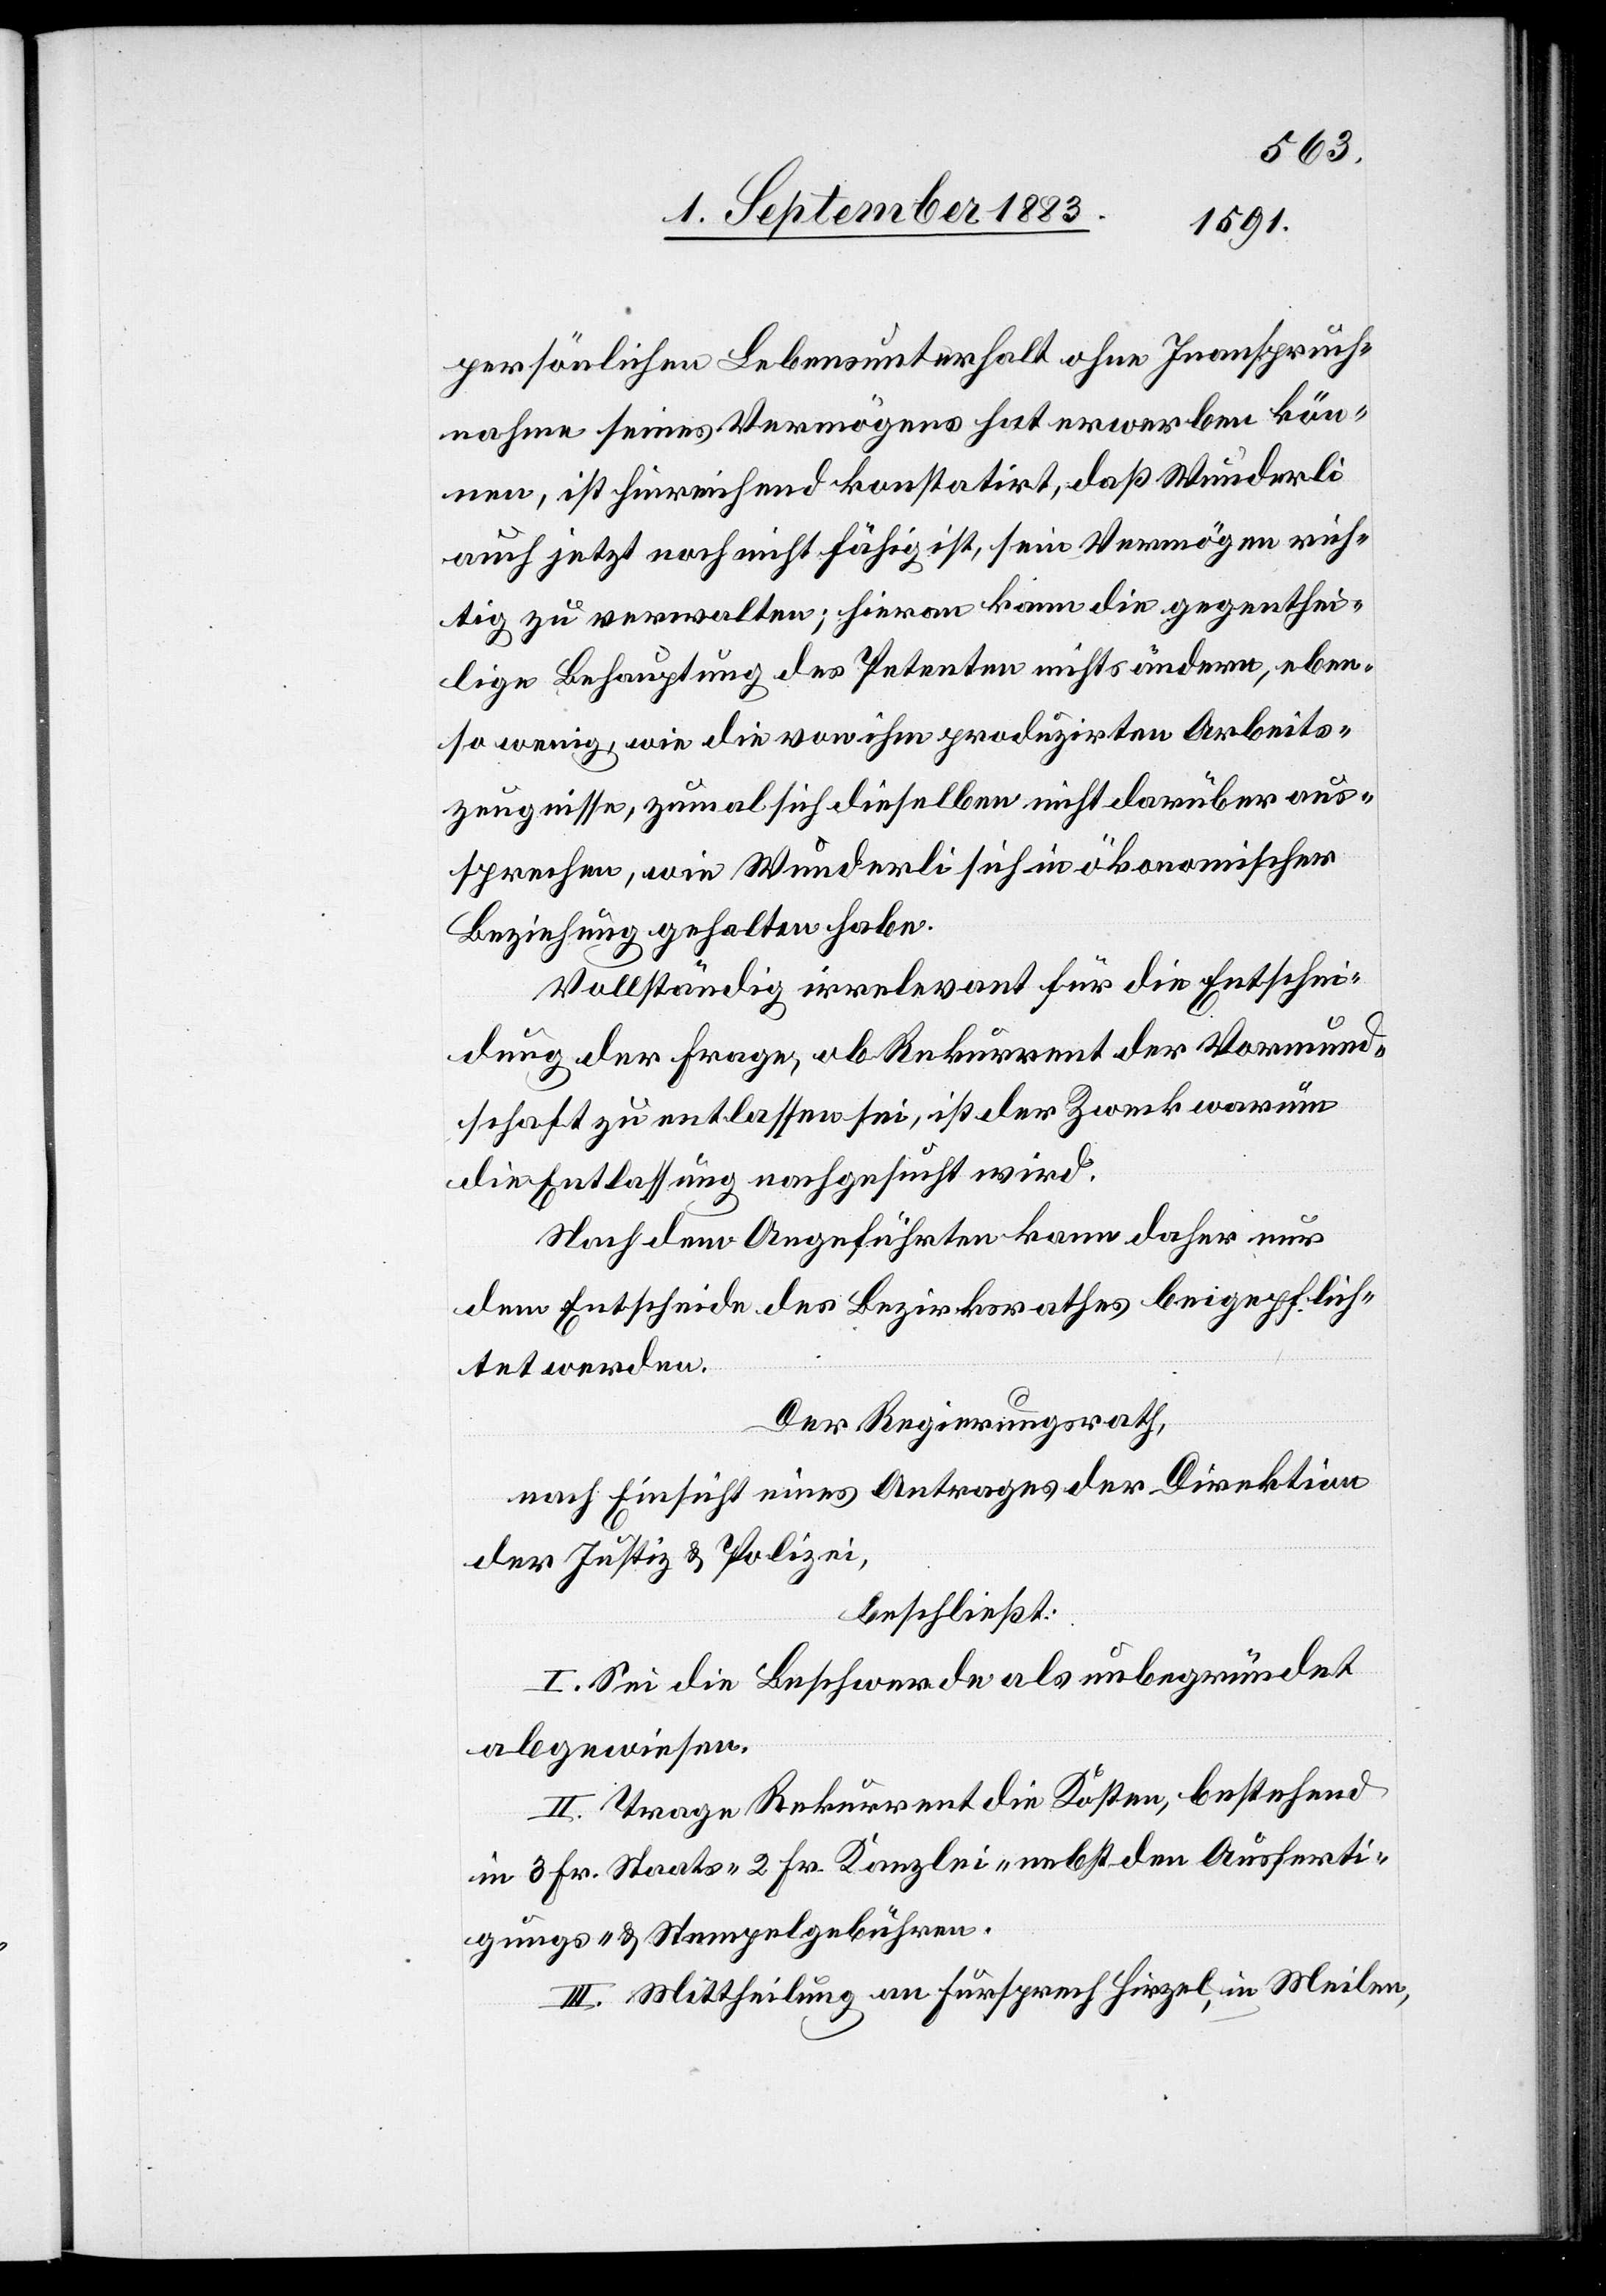
persönlichen Lebensunterhalt ohne Inanspruch¬
nahme seines Vermögens hat erwerben kön¬
nen, ist hinreichend konstatirt, daß Wunderli
auch jetzt noch nicht fähig ist, sein Vermögen rich¬
tig zu verwalten; hieran kann die gegenthei¬
lige Behauptung des Petenten nichts ändern, eben¬
so wenig, wie die von ihm produzirten Arbeits¬
zeugnisse, zumal sich dieselben nicht darüber aus¬
sprechen, wie Wunderli sich in ökonomischer
Beziehung gehalten habe.
Vollständig irrelevant für die Entschei¬
dung der Frage, ob Rekurrent der Vormund¬
schaft zu entlassen sei, ist der Zweck warum
die Entlassung nachgesucht wird.
Nach dem Angeführten kann daher nur
dem Entscheide des Bezirksrathes beigepflich¬
tet werden.
Der Regierungsrath,
nach Einsicht eines Antrages der Direktion
der Justiz & Polizei,
beschließt:
I. Sei die Beschwerde als unbegründet
abgewiesen.
II. Trage Rekurrent die Kosten, bestehend
in 3 Fr. Staats-[,] 2 Fr. Kanzlei- nebst den Ausferti¬
gungs- & Stempelgebühren.
III. Mittheilung an Fürsprech Hirzel, in Meilen,